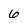
Character: 6